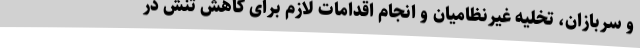
و سربازان، تخلیه غیرنظامیان و انجام اقدامات لازم برای کاهش تنش در